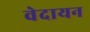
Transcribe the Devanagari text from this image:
वेदायन